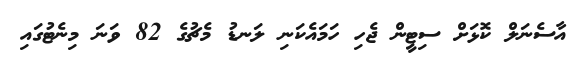
އާސެނަލް ކޮޅަށް ސިޓީން ޖެހި ހަމައެކަނި ލަނޑު މެޗުގެ 82 ވަނަ މިނެޓުގައި